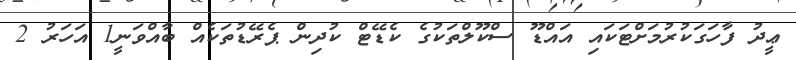
ޢީދު ފާހަގަކުރުމަށްޓަކައި އައްޑޫ ސްކޫލްތަކުގެ ކެޑޭޓް ކުދިން ޕެރޭޑުތަކެއް ބާއްވަނީ1 އަހަރު 2